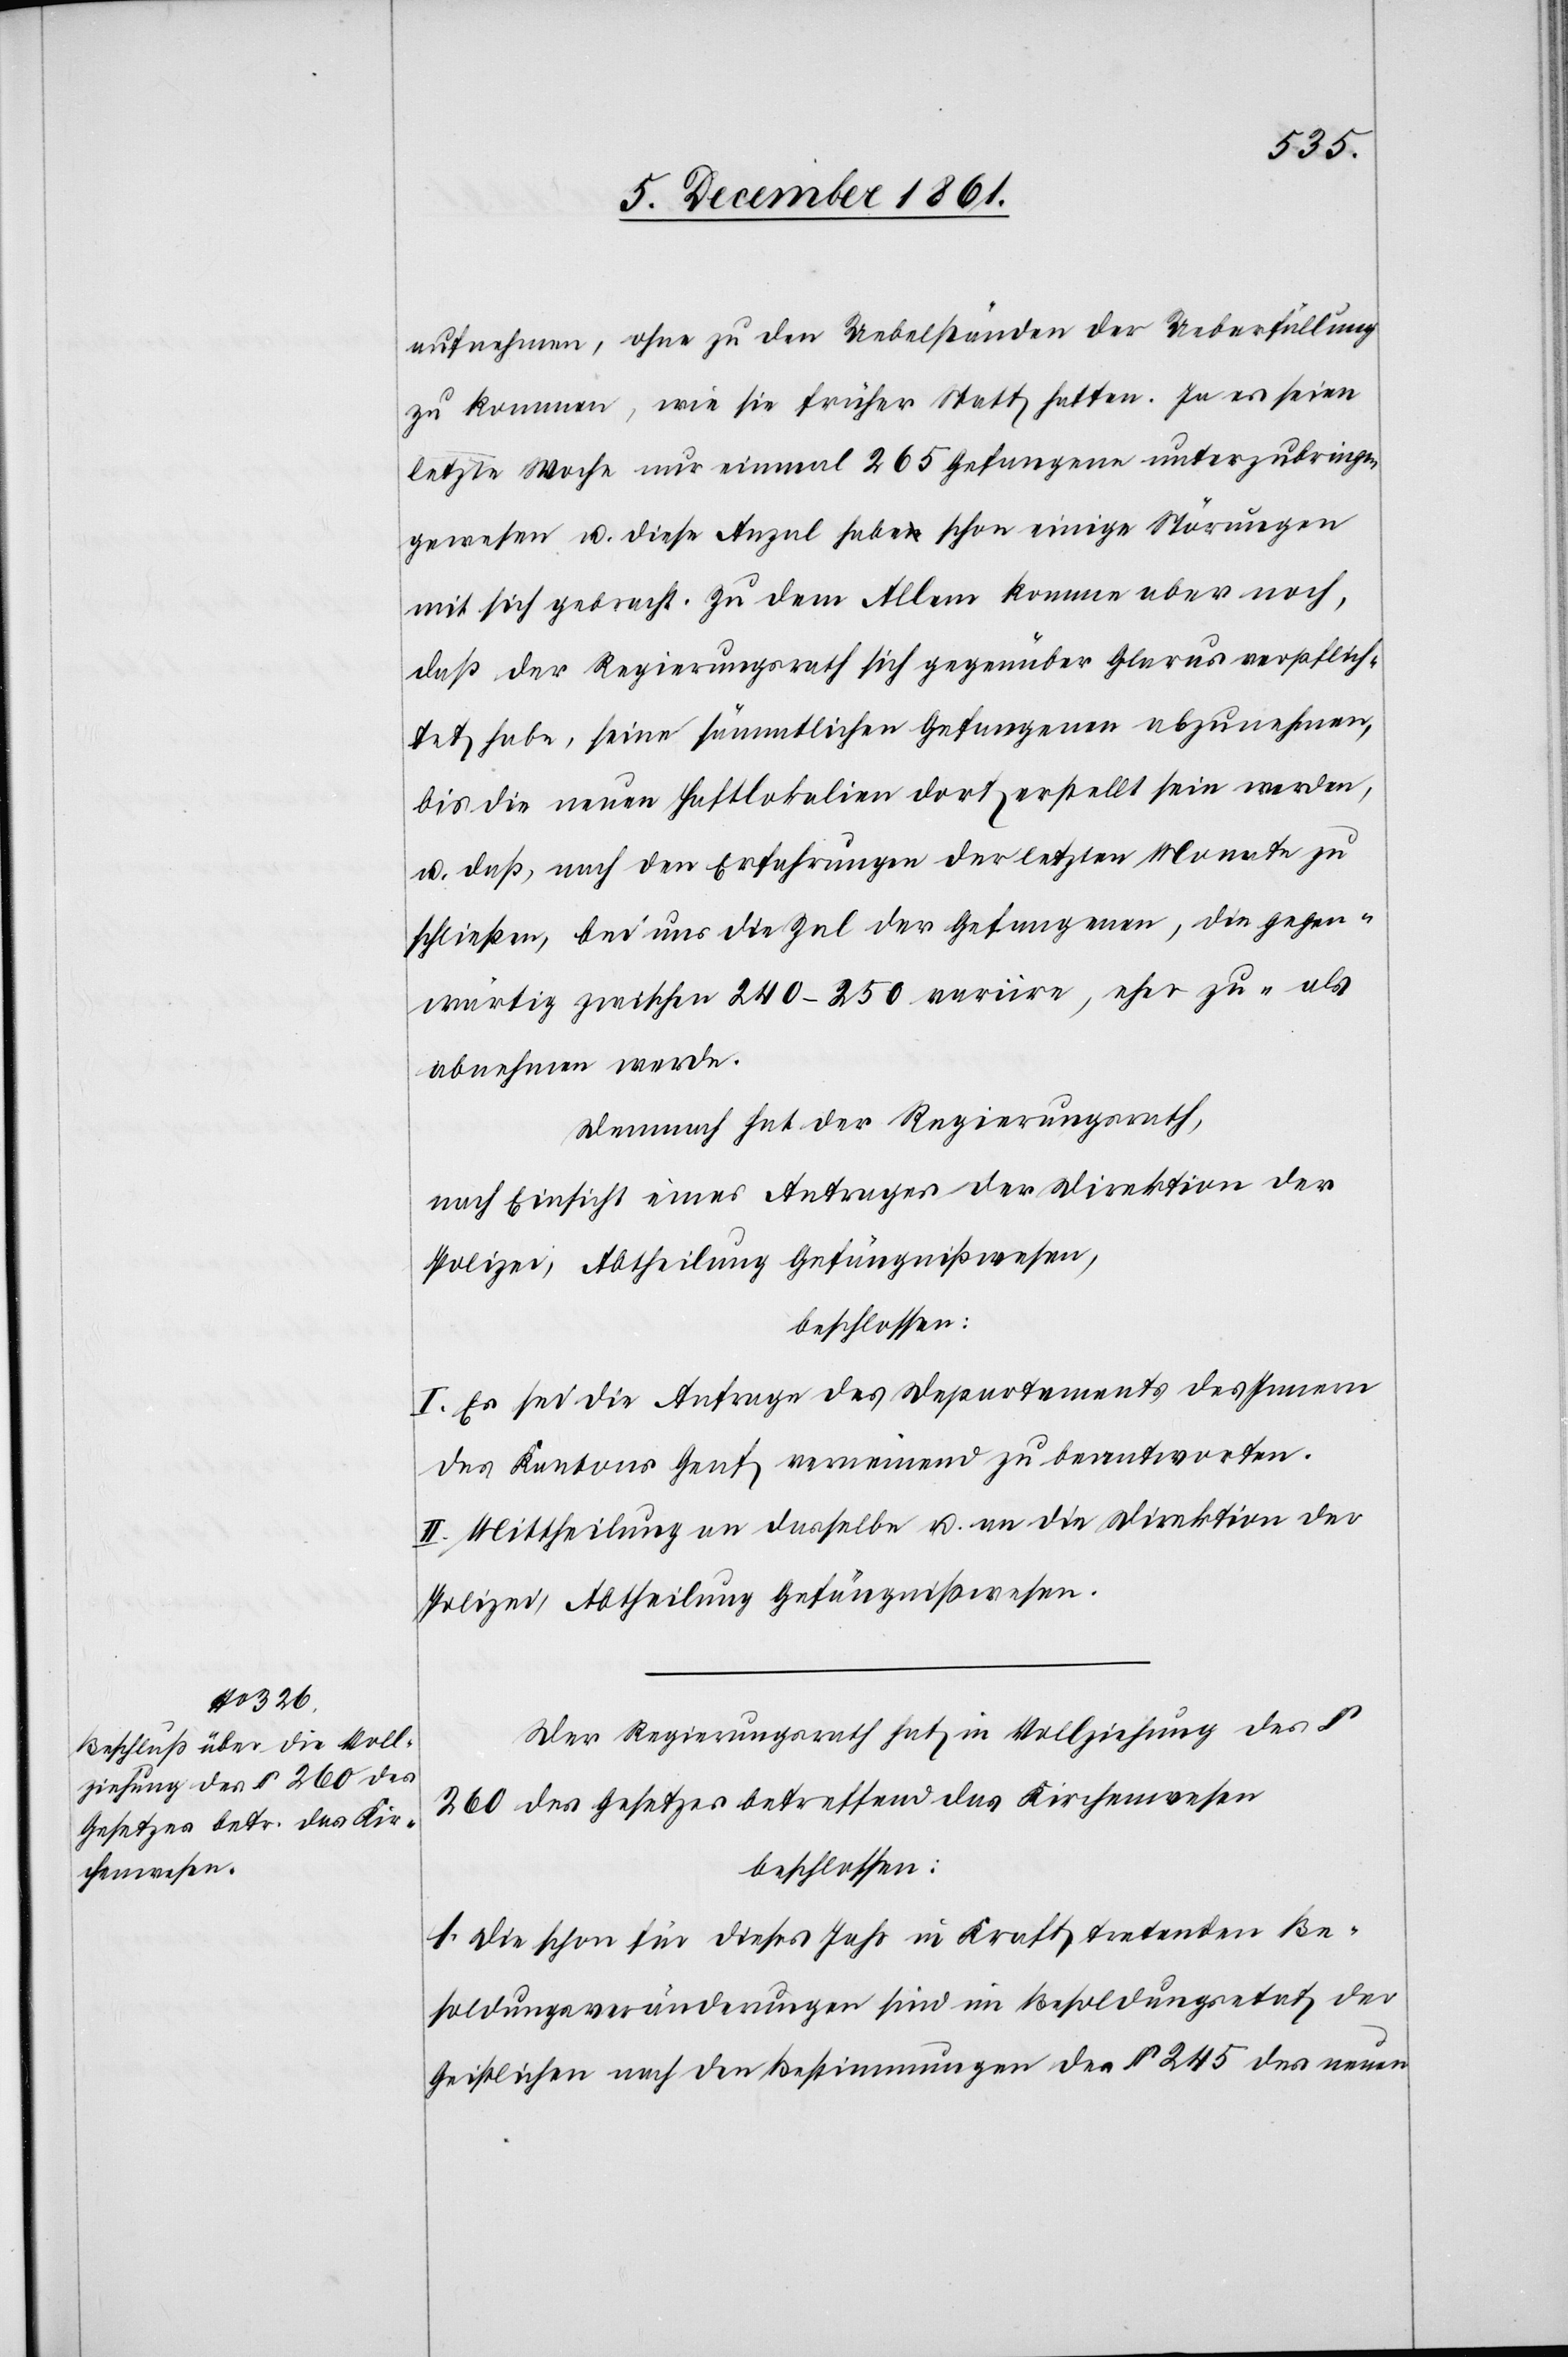
aufnehmen, ohne zu den Uebelständen der Ueberfüllung
zu kommen, wie sie früher Statt hatten. Ja es seien
letzte Woche nur einmal 265 Gefangene unterzubringen
gewesen u. diese Anzal habe schon einige Störungen
mit sich gebracht. Zu dem Allem komme aber noch,
daß der Regierungsrath sich gegenüber Glarus verpflich¬
tet habe, seine sämmtlichen Gefangenen abzunehmen,
bis die neuen Haftlokalien dort erstellt sein werden,
u. daß, nach den Erfahrungen der letzten Monate zu
schließen, bei uns die Zal der Gefangenen, die gegen¬
wärtig zwischen 240–250 variire, eher zu- als
abnehmen werde.
Demnach hat der Regierungsrath,
nach Einsicht eines Antrages der Direktion der
Polizei, Abtheilung Gefängnißwesen,
beschlossen:
I. Es sei die Anfrage des Departements des Innern
des Kantons Genf verneinend zu beantworten.
II. Mittheilung an dasselbe u. an die Direktion der
Polizei, Abtheilung Gefängnißwesen.
Der Regierungsrath hat in Vollziehung des §
260 des Gesetzes betreffend das Kirchenwesen
beschlossen:
1. Die schon für dieses Jahr in Kraft tretenden Be¬
soldungsveränderungen sind im Besoldungsetat der
Geistlichen nach den Bestimmungen des § 245 des neuen